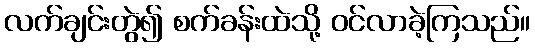
လက်ချင်းတွဲ၍ စက်ခန်းထဲသို့ ဝင်လာခဲ့ကြသည်။